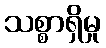
သစ္စာရှိမှု